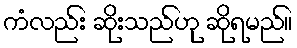
ကံလည်း ဆိုးသည်ဟု ဆိုရမည်။